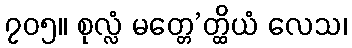
၇၀၅။ စုလ္လံ မတ္တေ’တ္ထိယံ လေသ၊